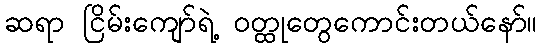
ဆရာ ငြိမ်းကျော်ရဲ့ ဝတ္ထုတွေကောင်းတယ်နော်။